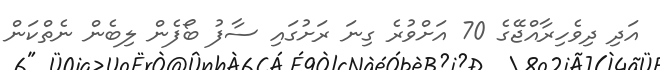
އަދި ދިވެހިރާއްޖޭގެ 70 އަށްވުރެ ގިނަ ރަށުގައި ސާފު ބޯފެން ލިބެން ނެތްކަން